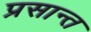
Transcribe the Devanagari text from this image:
प्रसान्त